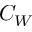
C _ { W }